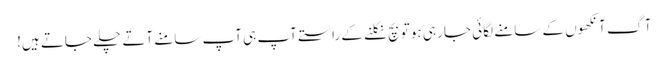
آگ آنکھوں کے سامنے لگائی جا رہی ہو تو بچ نکلنے کے راستے آپ ہی آپ سامنے آتے چلے جاتے ہیں!